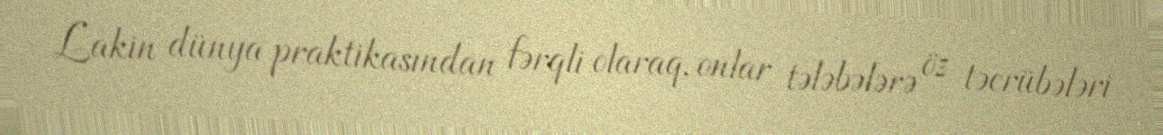
Lakin dünya praktikasından fərqli olaraq, onlar tələbələrə öz təcrübələri